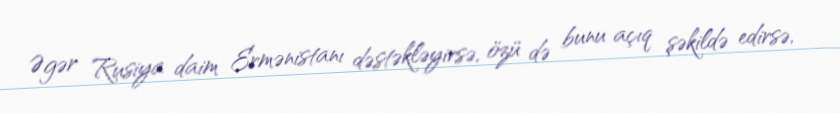
Əgər Rusiya daim Ermənistanı dəstəkləyirsə, özü də bunu açıq şəkildə edirsə,